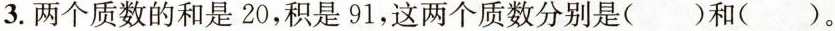
3.两个质数的和是20，积是91，这两个质数分别是( )和( )。